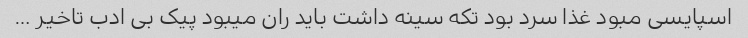
اسپایسی مبود غذا سرد بود تکه سینه داشت باید ران میبود پیک بی ادب تاخیر …